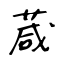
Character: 葴